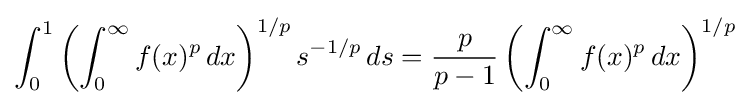
\int _{0}^{1}\left(\int _{0}^{\infty }f(x)^{p}\,dx\right)^{1/p}s^{-1/p}\,ds={\frac {p}{p-1}}\left(\int _{0}^{\infty }f(x)^{p}\,dx\right)^{1/p}